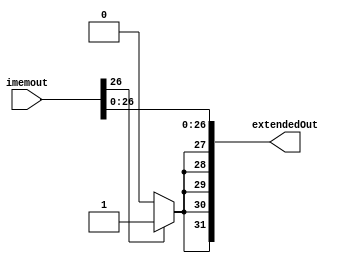
module sxT( // works
	input [31:0] imemout,
	output [31:0] extendedOut	
	);
	
	wire signBit;
	//wire [16:0] immediate;
	assign extendedOut [26:0] = imemout [26:0];
	assign signBit = imemout[26] ? 1'b1:1'b0;
	
	// extend
	assign extendedOut[27] = signBit;
	assign extendedOut[28] = signBit;
	assign extendedOut[29] = signBit;
	assign extendedOut[30] = signBit;
	assign extendedOut[31] = signBit;
	
endmodule